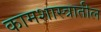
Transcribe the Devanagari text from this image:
कामशास्त्रातील